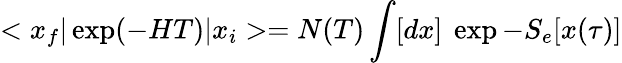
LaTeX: <x_{f}\vert\exp(-HT)\vert x_{i}>=N(T)\int[dx]\ \exp-S_{e}[x(\tau)]